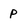
Character: p